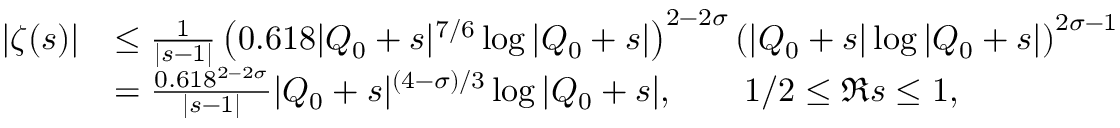
\begin{array} { r l } { | \zeta ( s ) | } & { \le \frac { 1 } { | s - 1 | } \left( 0 . 6 1 8 | Q _ { 0 } + s | ^ { 7 / 6 } \log | Q _ { 0 } + s | \right) ^ { 2 - 2 \sigma } \left( | Q _ { 0 } + s | \log | Q _ { 0 } + s | \right) ^ { 2 \sigma - 1 } } \\ & { = \frac { 0 . 6 1 8 ^ { 2 - 2 \sigma } } { | s - 1 | } | Q _ { 0 } + s | ^ { ( 4 - \sigma ) / 3 } \log | Q _ { 0 } + s | , \qquad 1 / 2 \le \Re s \le 1 , } \end{array}